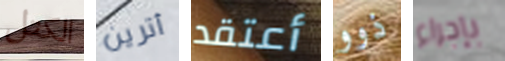
الكتل أترين أعتقد ذوو بإجراء